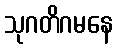
သုဂတိဂမနေ